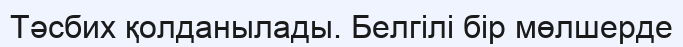
Тәсбих қолданылады. Белгілі бір мөлшерде